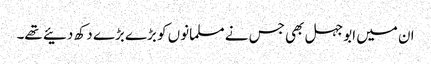
ان میں ابوجہل بھی جس نے مسلمانوں کو بڑے بڑے دکھ دئیے تھے۔